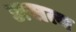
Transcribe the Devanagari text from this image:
असत्व